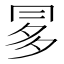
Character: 𠕝